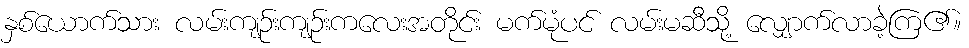
နှစ်ယောက်သား လမ်းကျဉ်းကျဉ်းကလေးအတိုင်း မက်မုံပင် လမ်းမဆီသို့ လျှောက်လာခဲ့ကြ၏။